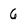
Character: 6